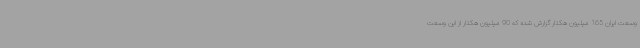
وسعت ایران 165 میلیون هکتار گزارش شده که 90 میلیون هکتار از این وسعت